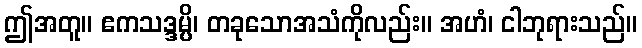
ဤအတူ။ ဧကသဒ္ဒမ္ပိ၊ တခုသောအသံကိုလည်း။ အဟံ၊ ငါဘုရားသည်။